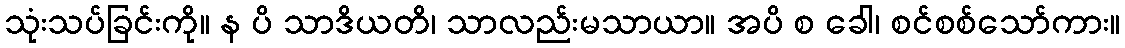
သုံးသပ်ခြင်းကို။ န ပိ သာဒိယတိ၊ သာလည်းမသာယာ။ အပိ စ ခေါ၊ စင်စစ်သော်ကား။